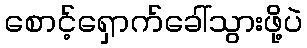
စောင့်ရှောက်ခေါ်သွားဖို့ပဲ